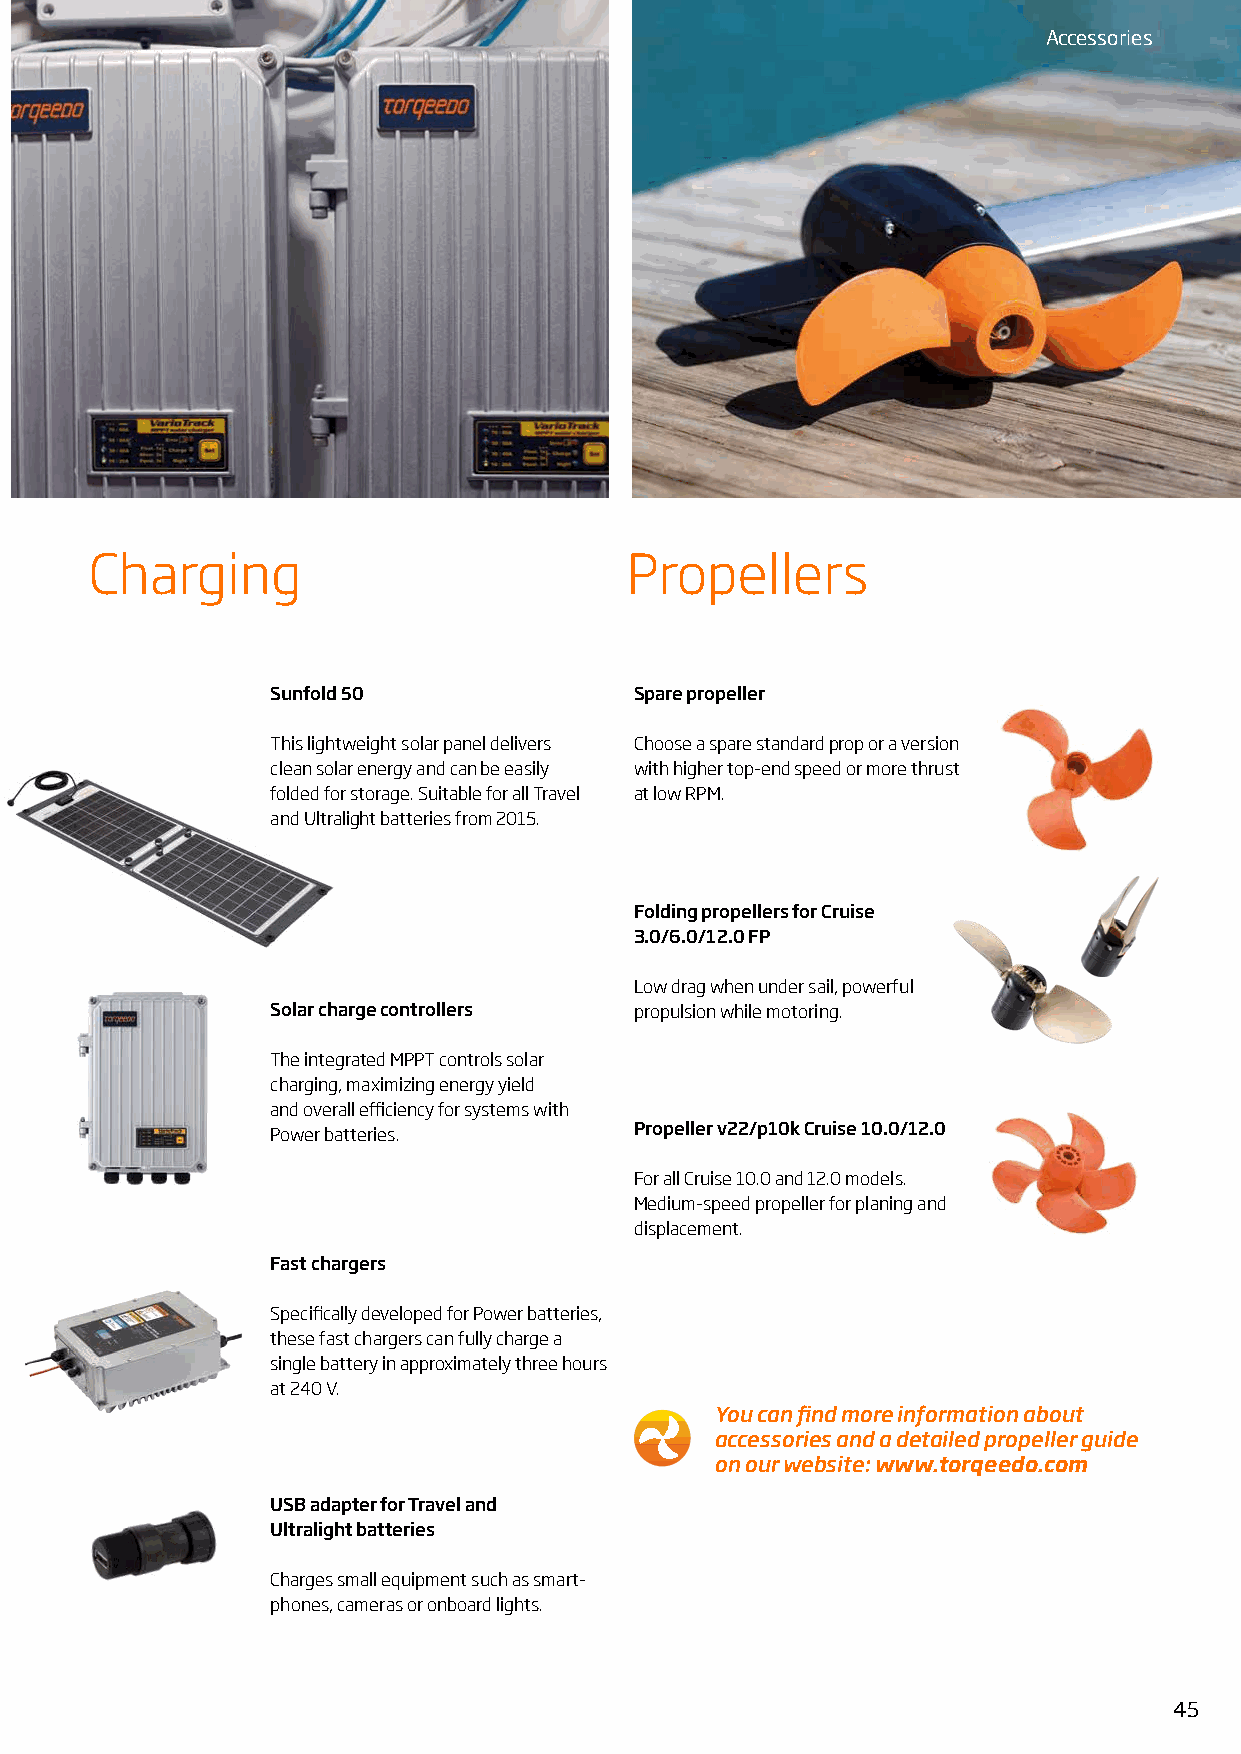
Accessories
 Charging                           Propellers
 Sunfold 50              Spare propeller
 This lightweight solar panel delivers Choose a spare standard prop or a version
 clean solar energy and can be easily with higher top-end speed or more thrust
 folded for storage. Suitable for all Travel at low RPM.
 and Ultralight batteries from 2015.
 Folding propellers for Cruise
 3.0/6.0/12.0 FP
 Low drag when under sail, powerful
 Solar charge controllers propulsion while motoring.
 The integrated MPPT controls solar
 charging, maximizing energy yield
 and overall efficiency for systems with
 Power batteries.        Propeller v22/p10k Cruise 10.0/12.0
 For all Cruise 10.0 and 12.0 models.
 Medium-speed propeller for planing and
 displacement.
 Fast chargers
 Specifically developed for Power batteries,
 these fast chargers can fully charge a
 single battery in approximately three hours
 at 240 V.
 You can find more information about
 accessories and a detailed propeller guide
 on our website: www.torqeedo.com
 USB adapter for Travel and
 Ultralight batteries
 Charges small equipment such as smart-
 phones, cameras or onboard lights.
 45